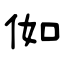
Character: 侞